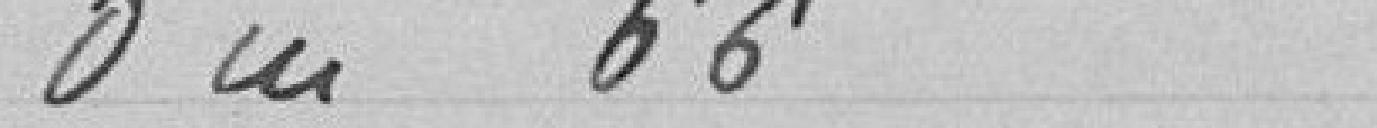
0,45 pour un cheval, taureau, boeuf ou vache